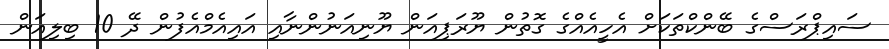
ސައިޕްރަސްގެ ބޭންކްތަކަށް އެހީއެއްގެ ގޮތުން ޔޫރަޕިއަން ޔޫނިއަނުންނާއި އައިއެމްއެފުން ދޭ 10 ބިލިއަން